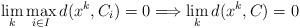
LaTeX: \begin{align*}\lim_{k}\max_{i\in I}d(x^{k},C_{i})=0\Longrightarrow \lim_{k}d(x^{k},C)=0\end{align*}